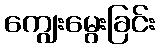
ကျွေးမွေးခြင်း